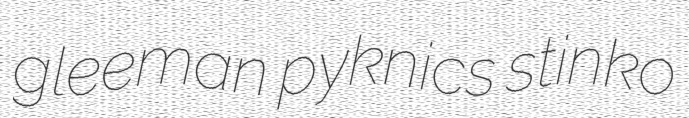
gleeman pyknics stinko